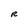
Character: R